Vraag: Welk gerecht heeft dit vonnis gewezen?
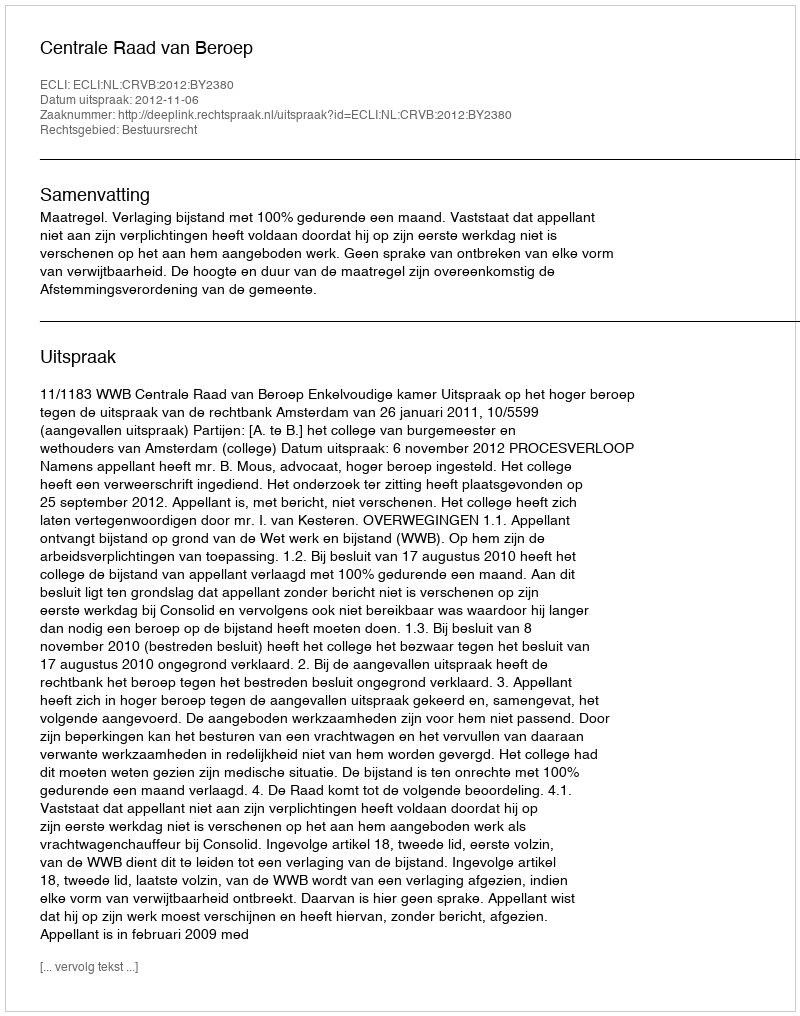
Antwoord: Centrale Raad van Beroep